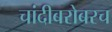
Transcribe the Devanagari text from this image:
चांदीबरोबरच